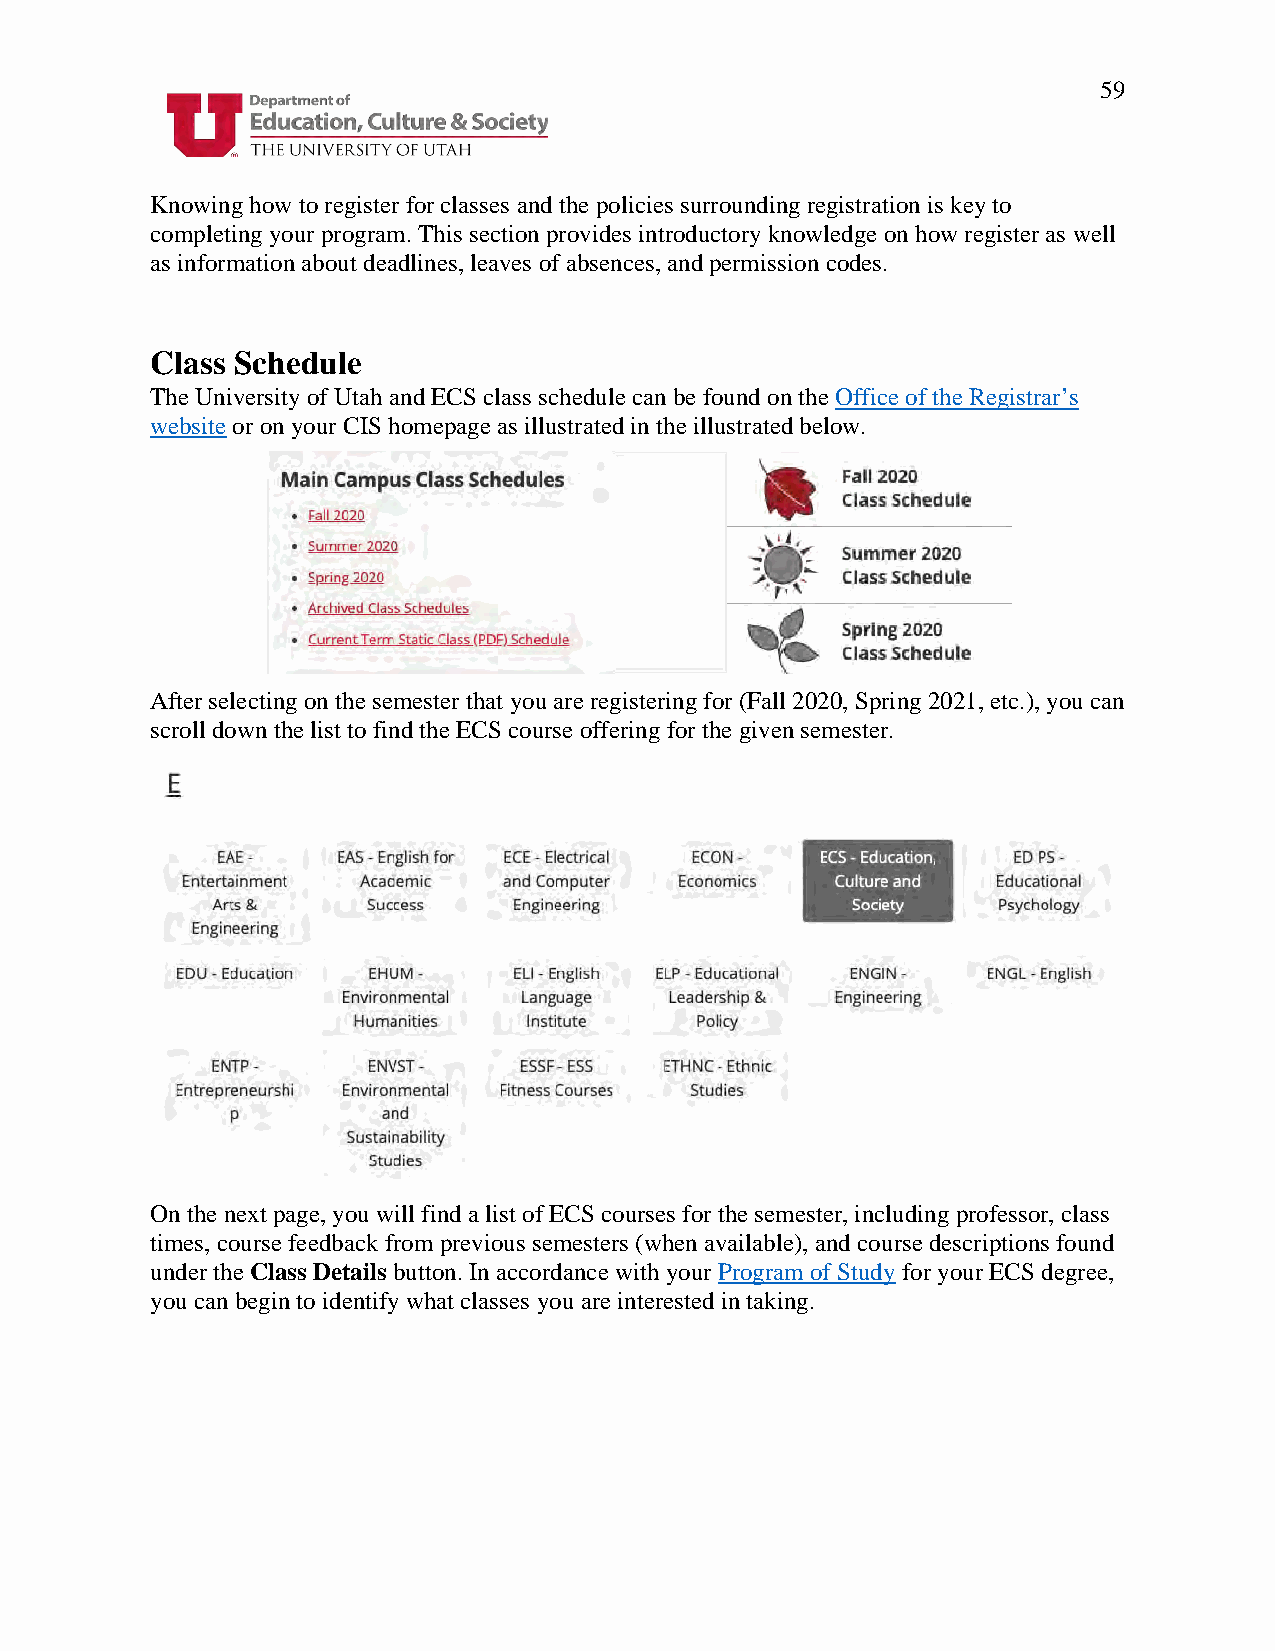
59
 Knowing how to register for classes and the policies surrounding registration is key to
 completing your program. This section provides introductory knowledge on how register as well
 as information about deadlines, leaves of absences, and permission codes.
 Class Schedule
 The University of Utah and ECS class schedule can be found on the Office of the Registrar’s
 website or on your CIS homepage as illustrated in the illustrated below.
 After selecting on the semester that you are registering for (Fall 2020, Spring 2021, etc.), you can
 scroll down the list to find the ECS course offering for the given semester.
 On the next page, you will find a list of ECS courses for the semester, including professor, class
 times, course feedback from previous semesters (when available), and course descriptions found
 under the Class Details button. In accordance with your Program of Study for your ECS degree,
 you can begin to identify what classes you are interested in taking.